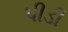
પીડી